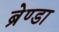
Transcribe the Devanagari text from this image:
ब्रेण्डा